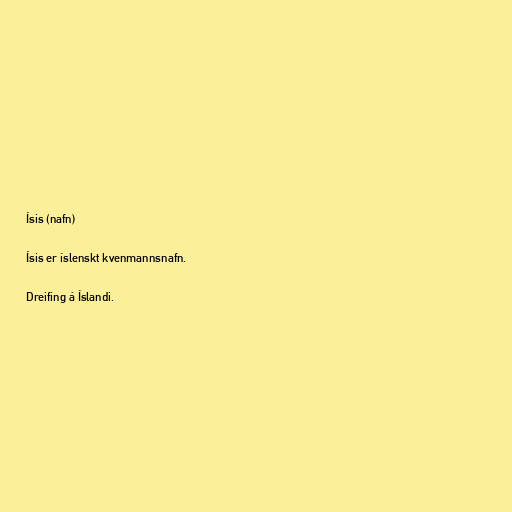
Ísis (nafn)

Ísis er íslenskt kvenmannsnafn.

Dreifing á Íslandi.